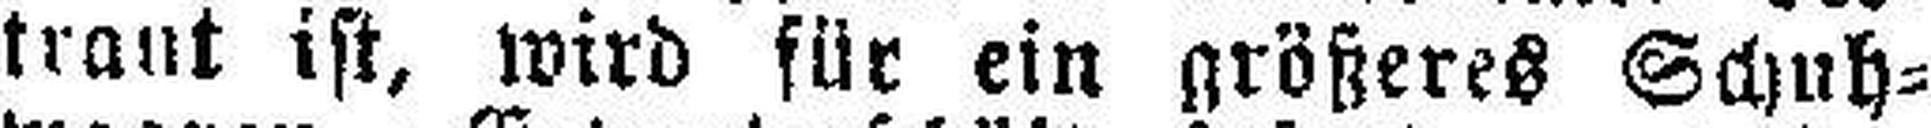
trant ist, wird für ein größeres Schuh¬